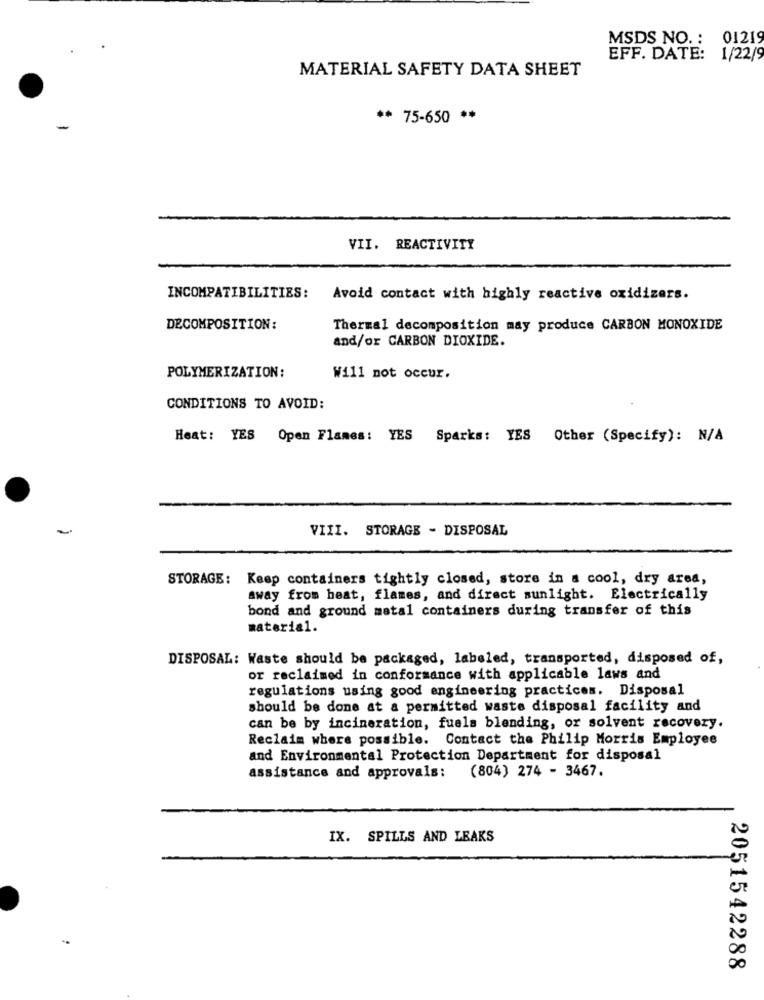
MSDS NO. : 01219
EFF. DATE: 1/22/9
MATERIAL SAFETY DATA SHEET
** 75-650 **
-
VII. REACTIVITY
INCOMPATIBILITIES:
Avoid contact with highly reactive oxidizers.
DECOMPOSITION:
Thermal decomposition may produce CARBON MONOXIDE
and/or CARBON DIOXIDE.
POLYMERIZATION:
Will not occur.
CONDITIONS TO AVOID:
Heat: YES Open Flames: YES Sparks: YES Other (Specify): N/A
VIII. STORAGE - DISPOSAL
STORAGE: Keep containers tightly closed, store in a cool, dry area,
away from heat, flames, and direct sunlight. Electrically
bond and ground metal containers during transfer of this
material.
DISPOSAL: Waste should be packaged, labeled, transported, disposed of,
or reclaimed in conformance with applicable laws and
regulations using good engineering practices. Disposal
should be done at a permitted waste disposal facility and
can be by incineration, fuels blending, or solvent recovery.
Reclaim where possible. Contact the Philip Morris Employee
and Environmental Protection Department for disposal
assistance and approvals: (804) 274 - 3467.
IX. SPILLS AND LEAKS
2051542288